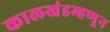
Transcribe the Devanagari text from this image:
कालखंडम्हणून